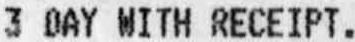
3 DAY WITH RECEIPT.